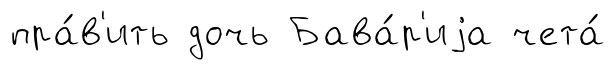
пра́в'ить дочь Бава́р'иjа чета́